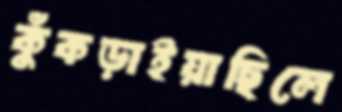
কুঁকড়াইয়াছিলে